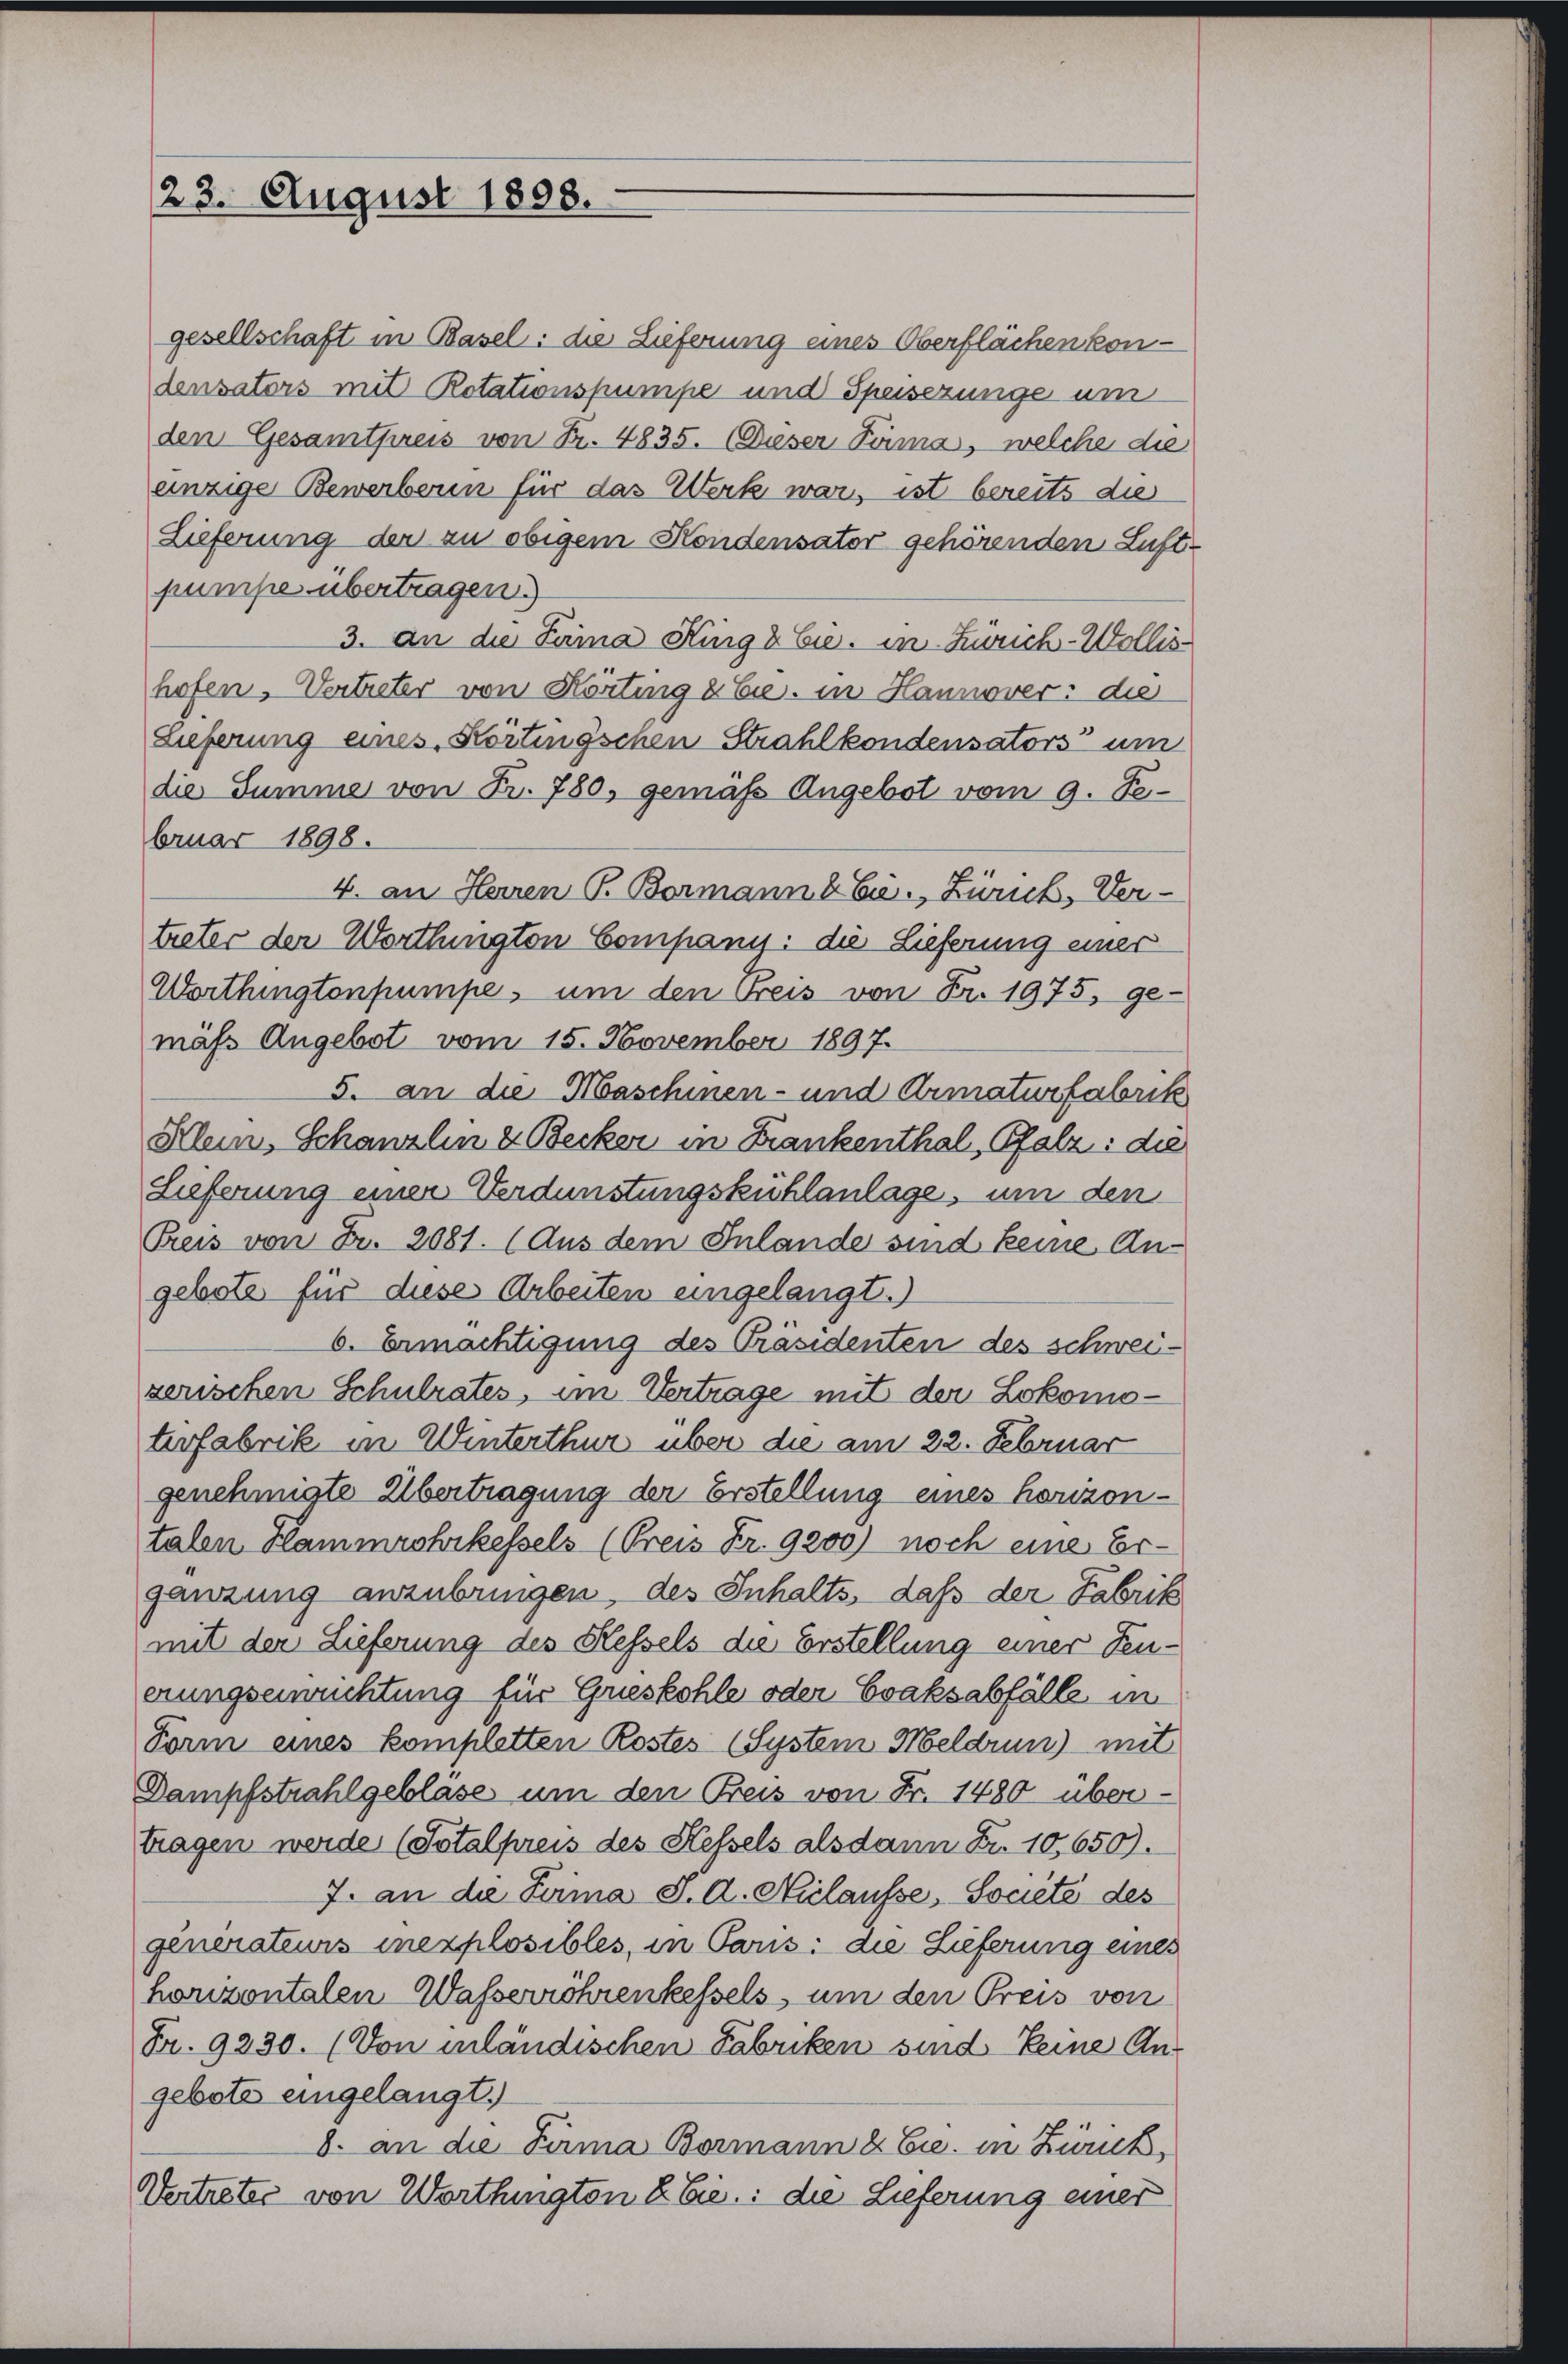
23. August 1808.

gesellschaft in Basel: die Lieferung eines Oberflächen kon-
densators mit Rotationspumpe und Speisezunge um
den Gesamtpreis von Fr. 4835. (Dieser Firma, welche die
einzige Bewerberin für das Werk war, ist bereits die
Lieferung der zu obigem Kondensator gehörenden Luft-
pumpe übertragen.)
3. an die Seria King & Cie. in Zürich-Wollis
hofen, Vertreter von Körting & Cie. in Hannover: die
Lieferung eines Körtingschen Strahlkondensators um
die Summe von Fr. 780, gemäß Angebot vom 9. Februar 1898.
4. an Herren P. Bormann & Cie., Zürich, Ver-
treter der Worthingten Company: die Lieferung einer
Worthingtonpumpe, um den Breis von Fr. 1975, ge-
mäß Angebot vom 15. November 1897.
5. an die Maschinen- und Armaturfabrik
Klein, Schanzlin & Becker in Frankenthal, Pfalz: die
Lieferung einer Verdünstungskühlanlage, um den
Preis von Fr. 2081. (Aus dem Inlande sind keine Angebote für diese Arbeiten eingelangt.)
6. Ermächtigung des Präsidenten des schweiserischen Schulrates, im Vertrage mit der Lokomoterfabrik in Winterthur über die am 22. Februar
genehmigte Übertragung der Erstellung eines horizontalen Hammeshikessels (Preis Fr. 9200) noch eine Ergänzung anzubringen, des Inhalts, daß der Fabrik
mit der Lieferung des Hessels die Erstellung einer Feu-
erungserwuchtung für Grieskohle oder Evaksabfälle in
Form eines kompletten Kostes (System Meldrun) mit
Dampfstrahlgeblase um den Breis von Fr. 1480 übertragen werde (Totalpreis des Hessels alsdann Fr. 10,650).
7. an die Suma S. A. Niclausse, Societe des
generateurs inexplosibles, in Paris: die Lieferung eines
horizontalen-Wasserröhrenkessels, um den Preis von
Fr. 9230. (Von inländischen Fabriken sind keine An-
gebote eingelangt.
8. an die Firma Bormann & Cie. in Zurück,
Vertreter von Worthington & Cie.: die Lieferung einer